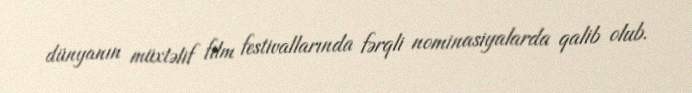
dünyanın müxtəlif film festivallarında fərqli nominasiyalarda qalib olub.